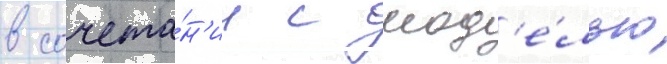
в сочета́н'ии с мод'е́лью